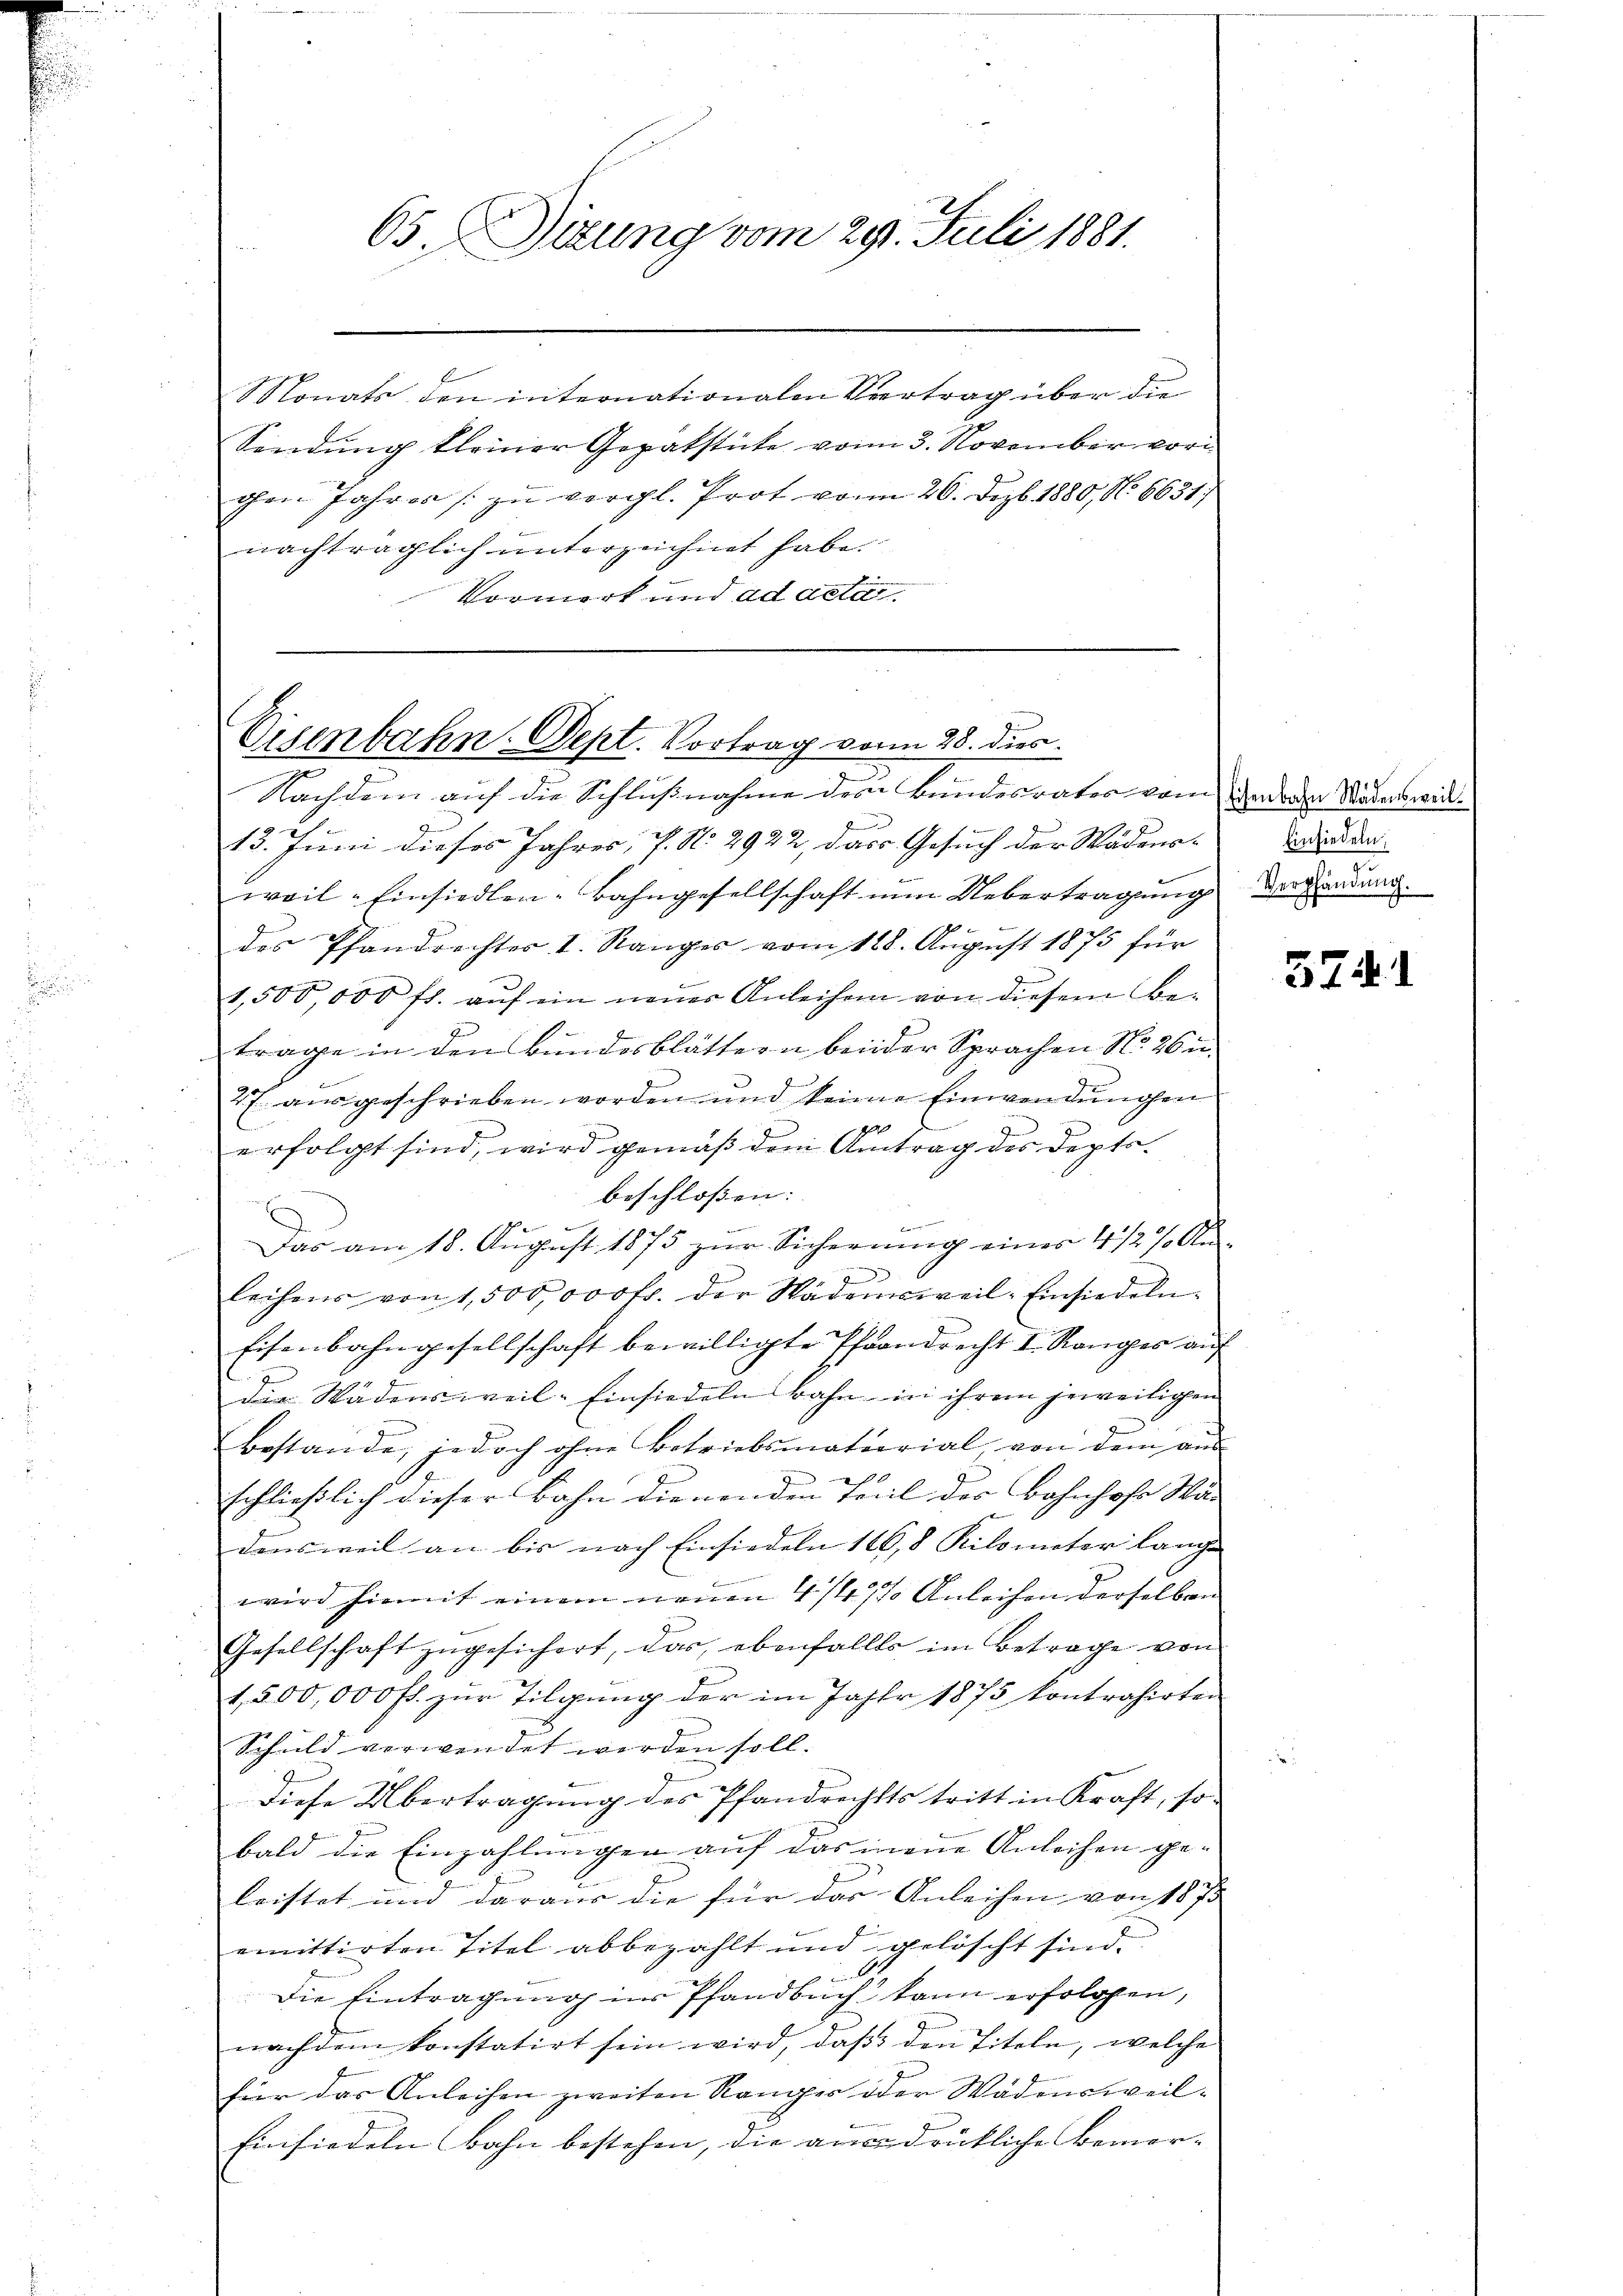
65. Sitzung vom 29. Juli 1881.

Monats den internationalen Vertrag über die
Sindung kleiner Gepatstute vom 3. November vorichen Jahres zu vergl. Prot vom 20. Dezb. 1880, No 6631)
nachträglich unterzeichnet habe.
Vormerk und ad acti

Eisenbahn. Sept. Vortrag von 28. dies
Nachdem auf die Schlußnahme des Bundesrates vom den von Wädenswirk¬

.
15. Juni dieses Jahres, Pf. No. 2922, das Gesuch der Wädenardisiden
weil - Einsiedlen-Bahngesellschaft nun Uebertragung
des Pfandrechtes I. Ranges vom 128. August 1875 für
1,500,000 fl. aŭf ein neŭer Anleihen von diesem Be-
trage in den Bundesblättern beider Sprachen No 26 u.
27 ausgeschrieben worden und keine Einwendungen
g
erfolgt sind, wird gemäß dem Antrag des Deptsbeschlossen: |
E
Das am 18. Aŭgust 1873 zur Sicherŭng eines 4 1/2 % A
leihens von 1,500,000 fr. der Wädensweil-Einsiedeln.
Eisenbahngesellschaft bewilligte Pfandrecht I. Ranges aŭf
die Wädensweil–Einsiedeln bahn in ihrem jeweiligen
bestande, jedoch ohne Betriebsmaterial von dem aus

schließlich dieser Bahn dienenden Teil der Bahnhofe Wan
densweil an bis nach Einsiedeln 116, 8 Kilometer lange
wird hiemit einem neuen 4 1/4% Anleihen derselben
Gesellschaft zugesichert, das ebenfalls im Betrage von
1,500,000 fl. zur Tilgung der im Jahr 1875 kontrahirten
Schuld verwendet werden soll.
Diese Übertragung des Pfandrechts tritt in Kraft, so
bald die Einzahlungen auf das mene Anleihen geleistet und daraus die für das Anleihen von 1873
emittirten Titel abbezahlt und gelöscht sind.
Die Eintragung in Pfandbuch kann erfolgen,
nachdem konstatirt sein wird, daß den Titeln, welche
für das Anleihen zweiten Ranger oder Wädensweil¬
Einsiedeln Bahn bestehen, die aus drückliche Bemer-

e
Verpfändung.

3741